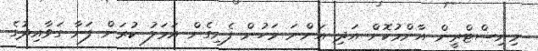
މިނިސްޓްރީން އާންމުކޮށް އަދި އަންނަ މަހުން ފެށިގެން އަމަލު ކުރަން ފަށާ ގަވާއިދުގެ